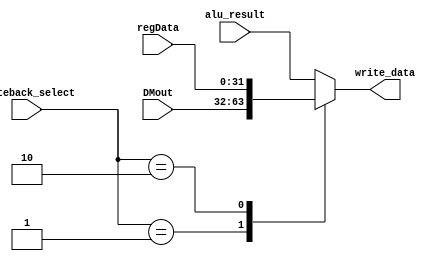
module writeback_select_mux(write_data, DMout, alu_result, regData, writeback_select);

  parameter DataSize = 32;
  parameter sel_aluResult = 2'b00, sel_DMout = 2'b01, sel_regData = 2'b10; 

  input [DataSize-1:0] DMout;
  input [DataSize-1:0] alu_result;
  input [DataSize-1:0] regData;
  input [1:0]writeback_select;
  
  output [DataSize-1:0] write_data;
  
  reg [DataSize-1:0] write_data;

  always @ (alu_result or DMout or regData or writeback_select) begin
    case(writeback_select)
      sel_aluResult: write_data = alu_result;
      sel_DMout: write_data = DMout;
      sel_regData: write_data = regData;
      default: write_data = alu_result;
    endcase
  end

endmodule